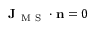
\mathbf { J } _ { \mathrm { ~ M ~ S ~ } } \cdot \mathbf { n } = 0